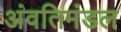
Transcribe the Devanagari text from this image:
अंवतिमंडल